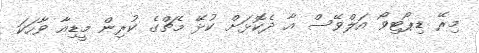
މިރޭ ޑިޕޯޓިވޯ އަލްވޭސް އާ ދެކޮޅަށް ކުޅޭ މެޗްގެ ކުރިން މީޑިއާ ވާހަކަ